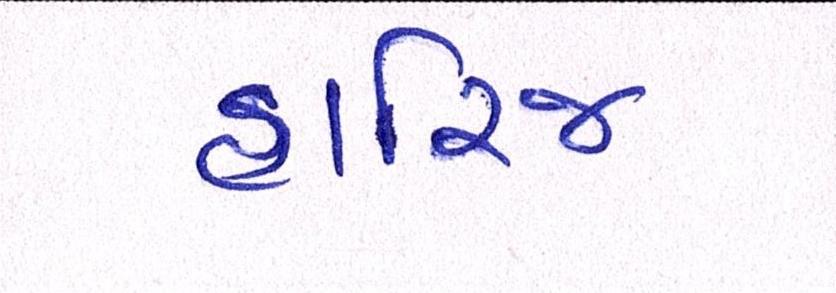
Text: હારિજ